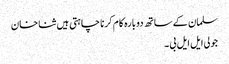
سلمان کے ساتھ دوبارہ کام کرنا چاہتی ہیں ثنا خان
جولی ایل ایل بی ۔